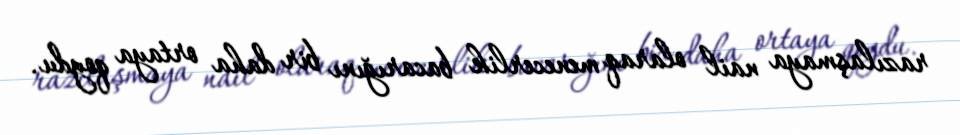
razılaşmaya nail olaraq menecerlik bacarığını bir daha ortaya qoydu.